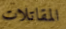
المقاتلات